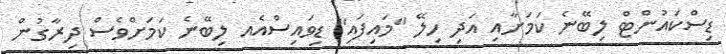
ޑިސްކައުންޓް ލިބޭނެ ކަމަށާއި އަދި ހިލޭ "މައިފައި" ޑިވައިސްއެއ ލިބޭނެ ކަމަށްވެސް ދިރާގުން